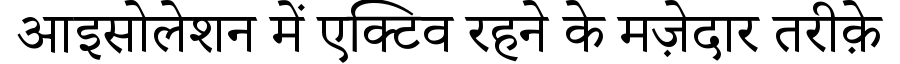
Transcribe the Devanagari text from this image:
आइसोलेशन में एक्टिव रहने के मज़ेदार तरीक़े